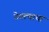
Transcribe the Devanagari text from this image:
ठेवल्याचा